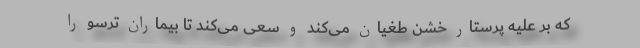
که بر علیه پرستار خشن طغیان می‌کند و سعی می‌کند تا بیماران ترسو را